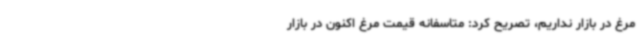
مرغ در بازار نداریم، تصریح کرد: متاسفانه قیمت مرغ اکنون در بازار